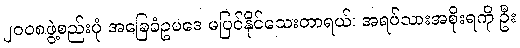
၂ဝဝ၈ဖွဲ့စည်းပုံ အခြေခံဥပဒေ မပြင်နိုင်သေးတာရယ်၊ အရပ်သားအစိုးရကို ဦး